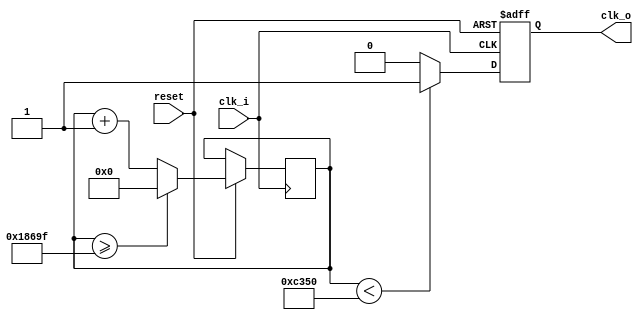
module clock_divider1k(clk_i, reset, clk_o);
    input clk_i, reset;
    output reg clk_o;
    
    parameter DIV = 28'd100000;
    reg[27:0]count = 28'd0;


    always @ (posedge clk_i or negedge reset) begin
        if (!reset)
            clk_o <= 0;
        else begin
            count <= count + 28'd1;
            if (count >= (DIV-1))
                count <= 28'd0;
            clk_o <= (count<DIV/2)?1'b1:1'b0;
        end
    end //always    

endmodule